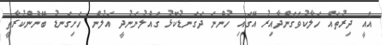
އެއީ ދިރުތައް ހަލާކުވެގެންދާއިރު އޭގައި ހުންނަ ދަގަނޑުކޮޅު ގެއްލުނަނުދީ އަލުން ހަށިގަނޑު ބޭނުންކުރާތީ